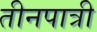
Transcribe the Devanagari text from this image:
तीनपात्री